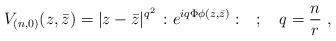
LaTeX: \begin{align*}V_{(n,0)}(z,\bar{z})=|z-\bar{z}|^{q^{2}}\, :e^{iq\Phi \phi (z,\bar{z})}:\quad ;\quad q=\frac{n}{r}\ ,\end{align*}